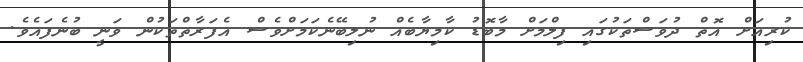
ކުރިއަށް އޮތް ދުވަސްތަކުގައި ފިލްމަށް މާބޮޑު ކާމިޔާބެއް ނުލިބޭނެކަމަށްވެސް އެފަރާތްތަކުން ވަނީ ބުނެފައެވެ.